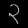
Digit: ၃